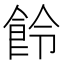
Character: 𩚹